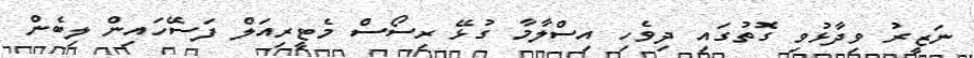
ނަޒީރު ވިދާޅުވި ގޮތުގައި ދިވެހި އިސްލާމާ ގުޅޭ ރިސޯސް މެޓީރިއަލް ފަސޭހައިން ލިބެން